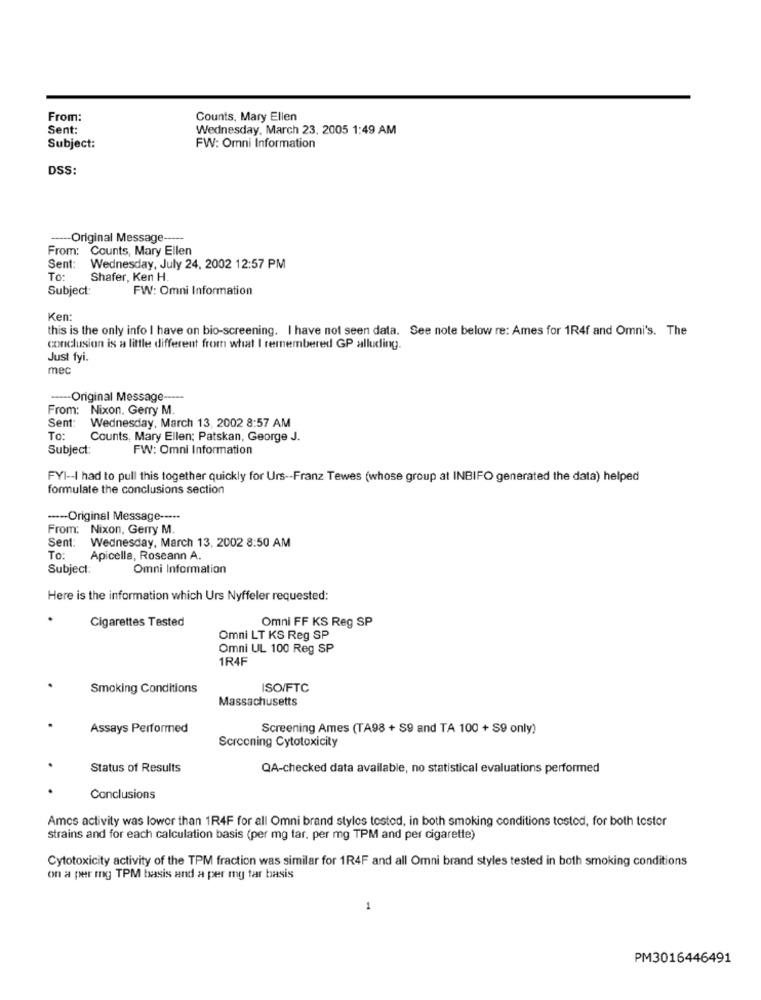
From:
Counts, Mary Ellen
Sent:
Wednesday, March 23. 2005 1:49 AM
Subject:
FW: Omni Information
DSS:
Original Message --
From: Counts, Mary Ellen
Sent:
Wednesday, July 24, 2002 12:57 PM
To:
Shafer, Ken H.
Subject:
FW: Omni Information
Ken:
this is the only info I have on bio-screening. I have not seen data. See note below re: Ames for 1R4f and Omni's. The
conclusion is a little different from what I remembered GP alluding.
Just fyi.
mec
--- Original Message ----
From: Nixon, Gerry M.
Sent: Wednesday, March 13, 2002 8:57 AM
To:
Counts, Mary Ellen; Patskan, George J.
Subject:
FW: Omni Information
FYI -- I had to pull this together quickly for Urs -- Franz Tewes (whose group at INBIFO generated the data) helped
formulate the conclusions section
---- Original Message --···
From: Nixon, Gerry M.
Sent: Wednesday, March 13, 2002 8:50 AM
To:
Apicella, Roseann A.
Subject:
Omni Information
Here is the information which Urs Nyffeler requested:
Cigarettes Tested
Omni FF KS Reg SP
Omni LT KS Reg SP
Omni UL 100 Reg SP
1R4F
Smoking Conditions
ISO/FTC
Massachusetts
Assays Performed
Screening Ames (TA98 + S9 and TA 100 + S9 only)
Screening Cytotoxicity
Status of Results
QA-checked data available, no statistical evaluations performed
Conclusions
Amcs activity was lower than 1R4F for all Omni brand styles tosted, in both smoking conditions tosted, for both tester
strains and for each calculation basis (per mg tar, per mg TPM and per cigarette)
Cytotoxicity activity of the TPM fraction was similar for 1R4F and all Omni brand styles tested in both smoking conditions
on a per mg TPM basis and a per mg tar basis
1
PM3016446491